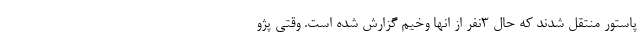
پاستور منتقل شدند که حال ٣نفر از انها وخیم گزارش شده است. وقتی پژو